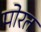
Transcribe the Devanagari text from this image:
पोरत